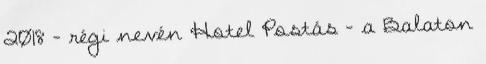
2018 – régi nevén Hotel Postás – a Balaton